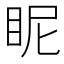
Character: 眤